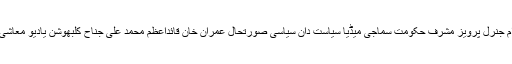
ٹیگزپاکستان پاکستانی عوام جنرل پرویز مشرف حکومت سماجی میڈیا سیاست دان سیاسی صورتحال عمران خان قائداعظم محمد علی جناح کلبھوشن یادیو معاشی صورتحال مولانا صاحب